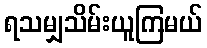
ရသမျှသိမ်းယူကြမယ်